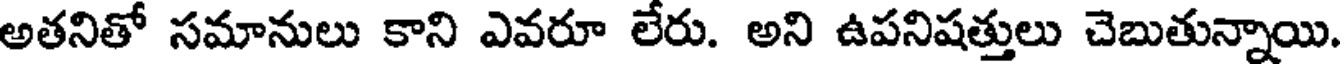
అతనితో సమానులు కాని ఎవరూ లేరు. అని ఉపనిషత్తులు చెబుతున్నాయి.